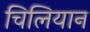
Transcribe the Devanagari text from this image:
चिलियान